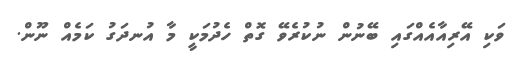
ވަކި އޭރިއާއެއްގައި ބޭނުން ނުކުރެވޭ ގޮތް ހެދުމަކީ މާ އުނދަގު ކަމެއް ނޫން.